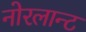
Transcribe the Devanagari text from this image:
नोरलान्ट